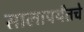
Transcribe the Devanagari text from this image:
सालापर्यंतचे